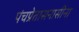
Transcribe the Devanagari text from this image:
पंचप्रेतासनासीना